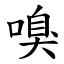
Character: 嗅